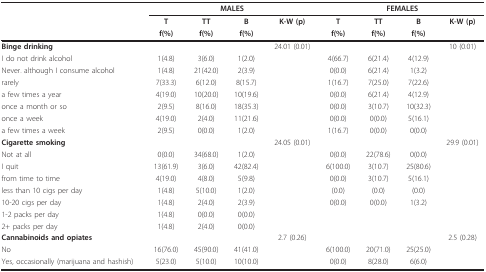
<table><thead><tr><td></td><td colspan="4"><b>MALES</b></td><td colspan="4"><b>FEMALES</b></td></tr><tr><td></td><td><b>T</b></td><td><b>TT</b></td><td><b>B</b></td><td><b>K-W (p)</b></td><td><b>T</b></td><td><b>TT</b></td><td><b>B</b></td><td><b>K-W (p)</b></td></tr><tr><td></td><td><b>f(%)</b></td><td><b>f(%)</b></td><td><b>f(%)</b></td><td></td><td><b>f(%)</b></td><td><b>f(%)</b></td><td><b>f(%)</b></td><td></td></tr></thead><tbody><tr><td><b>Binge drinking</b></td><td></td><td></td><td></td><td>24.01 (0.01)</td><td></td><td></td><td></td><td>10 (0.01)</td></tr><tr><td>I do not drink alcohol</td><td>1(4.8)</td><td>3(6.0)</td><td>1(2.0)</td><td></td><td>4(66.7)</td><td>6(21.4)</td><td>4(12.9)</td><td></td></tr><tr><td>Never. although I consume alcohol</td><td>1(4.8)</td><td>21(42.0)</td><td>2(3.9)</td><td></td><td>0(0.0)</td><td>6(21.4)</td><td>1(3.2)</td><td></td></tr><tr><td>rarely</td><td>7(33.3)</td><td>6(12.0)</td><td>8(15.7)</td><td></td><td>1(16.7)</td><td>7(25.0)</td><td>7(22.6)</td><td></td></tr><tr><td>a few times a year</td><td>4(19.0)</td><td>10(20.0)</td><td>10(19.6)</td><td></td><td>0(0.0)</td><td>6(21.4)</td><td>4(12.9)</td><td></td></tr><tr><td>once a month or so</td><td>2(9.5)</td><td>8(16.0)</td><td>18(35.3)</td><td></td><td>0(0.0)</td><td>3(10.7)</td><td>10(32.3)</td><td></td></tr><tr><td>once a week</td><td>4(19.0)</td><td>2(4.0)</td><td>11(21.6)</td><td></td><td>0(0.0)</td><td>0(0.0)</td><td>5(16.1)</td><td></td></tr><tr><td>a few times a week</td><td>2(9.5)</td><td>0(0.0)</td><td>1(2.0)</td><td></td><td>1(16.7)</td><td>0(0.0)</td><td>0(0.0)</td><td></td></tr><tr><td><b>Cigarette smoking</b></td><td></td><td></td><td></td><td>24.05 (0.01)</td><td></td><td></td><td></td><td>29.9 (0.01)</td></tr><tr><td>Not at all</td><td>0(0.0)</td><td>34(68.0)</td><td>1(2.0)</td><td></td><td>0(0.0)</td><td>22(78.6)</td><td>0(0.0)</td><td></td></tr><tr><td>I quit</td><td>13(61.9)</td><td>3(6.0)</td><td>42(82.4)</td><td></td><td>6(100.0)</td><td>3(10.7)</td><td>25(80.6)</td><td></td></tr><tr><td>from time to time</td><td>4(19.0)</td><td>4(8.0)</td><td>5(9.8)</td><td></td><td>0(0.0)</td><td>3(10.7)</td><td>5(16.1)</td><td></td></tr><tr><td>less than 10 cigs per day</td><td>1(4.8)</td><td>5(10.0)</td><td>1(2.0)</td><td></td><td>(0.0)</td><td>(0.0)</td><td>(0.0)</td><td></td></tr><tr><td>10-20 cigs per day</td><td>1(4.8)</td><td>2(4.0)</td><td>2(3.9)</td><td></td><td>0(0.0)</td><td>0(0.0)</td><td>1(3.2)</td><td></td></tr><tr><td>1-2 packs per day</td><td>1(4.8)</td><td>0(0.0)</td><td>0(0.0)</td><td></td><td></td><td></td><td></td><td></td></tr><tr><td>2+ packs per day</td><td>1(4.8)</td><td>2(4.0)</td><td>0(0.0)</td><td></td><td></td><td></td><td></td><td></td></tr><tr><td><b>Cannabinoids and opiates</b></td><td></td><td></td><td></td><td>2.7 (0.26)</td><td></td><td></td><td></td><td>2.5 (0.28)</td></tr><tr><td>No</td><td>16(76.0)</td><td>45(90.0)</td><td>41(41.0)</td><td></td><td>6(100.0)</td><td>20(71.0)</td><td>25(25.0)</td><td></td></tr><tr><td>Yes, occasionally (marijuana and hashish)</td><td>5(23.0)</td><td>5(10.0)</td><td>10(10.0)</td><td></td><td>0(0.0)</td><td>8(28.0)</td><td>6(6.0)</td><td></td></tr></tbody></table>